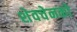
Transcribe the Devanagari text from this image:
शेवचेनको